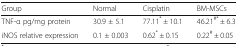
| Group | Normal | Cisplatin | BM-MSCs |
 | --- | --- | --- | --- |
 | TNF-α pg/mg protein | 30.9 ± 5.1 | 77.11* ± 10.1 | 46.21#* ± 6.3 |
 | iNOS relative expression | 0.1 ± 0.003 | 0.62* ± 0.15 | 0.22# ± 0.05 |